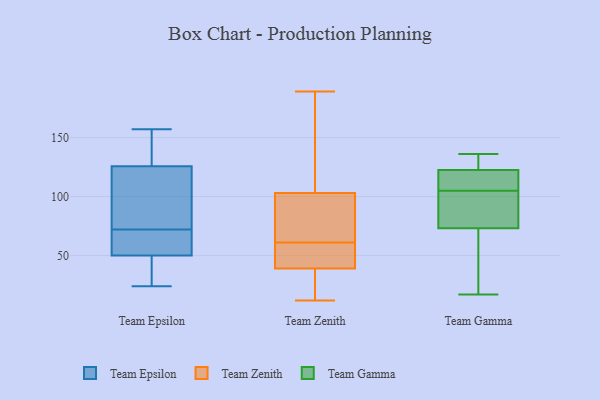
{"axis": {"x": "Satisfaction Score", "y": "Value"}, "legend": ["Team Epsilon", "Team Gamma", "Team Zenith"], "data": [{"x": "", "y": 24, "type": "Team Epsilon"}, {"x": "", "y": 132, "type": "Team Epsilon"}, {"x": "", "y": 50, "type": "Team Epsilon"}, {"x": "", "y": 50, "type": "Team Epsilon"}, {"x": "", "y": 58, "type": "Team Epsilon"}, {"x": "", "y": 58, "type": "Team Epsilon"}, {"x": "", "y": 72, "type": "Team Epsilon"}, {"x": "", "y": 157, "type": "Team Epsilon"}, {"x": "", "y": 153, "type": "Team Epsilon"}, {"x": "", "y": 78, "type": "Team Epsilon"}, {"x": "", "y": 37, "type": "Team Epsilon"}, {"x": "", "y": 107, "type": "Team Epsilon"}, {"x": "", "y": 77, "type": "Team Epsilon"}, {"x": "", "y": 146, "type": "Team Epsilon"}, {"x": "", "y": 25, "type": "Team Epsilon"}, {"x": "", "y": 101, "type": "Team Zenith"}, {"x": "", "y": 46, "type": "Team Zenith"}, {"x": "", "y": 12, "type": "Team Zenith"}, {"x": "", "y": 103, "type": "Team Zenith"}, {"x": "", "y": 39, "type": "Team Zenith"}, {"x": "", "y": 75, "type": "Team Zenith"}, {"x": "", "y": 189, "type": "Team Zenith"}, {"x": "", "y": 47, "type": "Team Zenith"}, {"x": "", "y": 155, "type": "Team Zenith"}, {"x": "", "y": 17, "type": "Team Zenith"}, {"x": "", "y": 133, "type": "Team Gamma"}, {"x": "", "y": 76, "type": "Team Gamma"}, {"x": "", "y": 82, "type": "Team Gamma"}, {"x": "", "y": 117, "type": "Team Gamma"}, {"x": "", "y": 109, "type": "Team Gamma"}, {"x": "", "y": 119, "type": "Team Gamma"}, {"x": "", "y": 105, "type": "Team Gamma"}, {"x": "", "y": 101, "type": "Team Gamma"}, {"x": "", "y": 136, "type": "Team Gamma"}, {"x": "", "y": 133, "type": "Team Gamma"}, {"x": "", "y": 65, "type": "Team Gamma"}, {"x": "", "y": 28, "type": "Team Gamma"}, {"x": "", "y": 17, "type": "Team Gamma"}]}